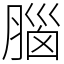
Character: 腦